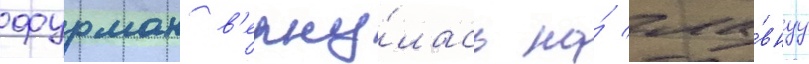
фурман в'ерну́лась на́ гла́внуу